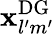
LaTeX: \mathbf{x}_{l^{\prime}m^{\prime}}^{\mathrm{{DG}}}